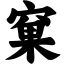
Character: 窠